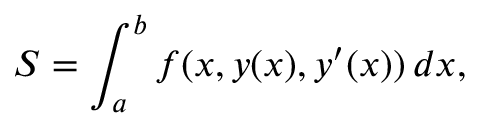
S = \int _ { a } ^ { b } f ( x , y ( x ) , y ^ { \prime } ( x ) ) \, d x ,